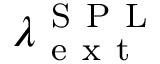
\lambda _ { \mathrm { ~ e ~ x ~ t ~ } } ^ { \mathrm { ~ S ~ P ~ L ~ } }